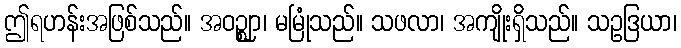
ဤရဟန်းအဖြစ်သည်။ အဝဉ္ဈာ၊ မမြုံသည်။ သဖလာ၊ အကျိုးရှိသည်။ သဥဒြယာ၊